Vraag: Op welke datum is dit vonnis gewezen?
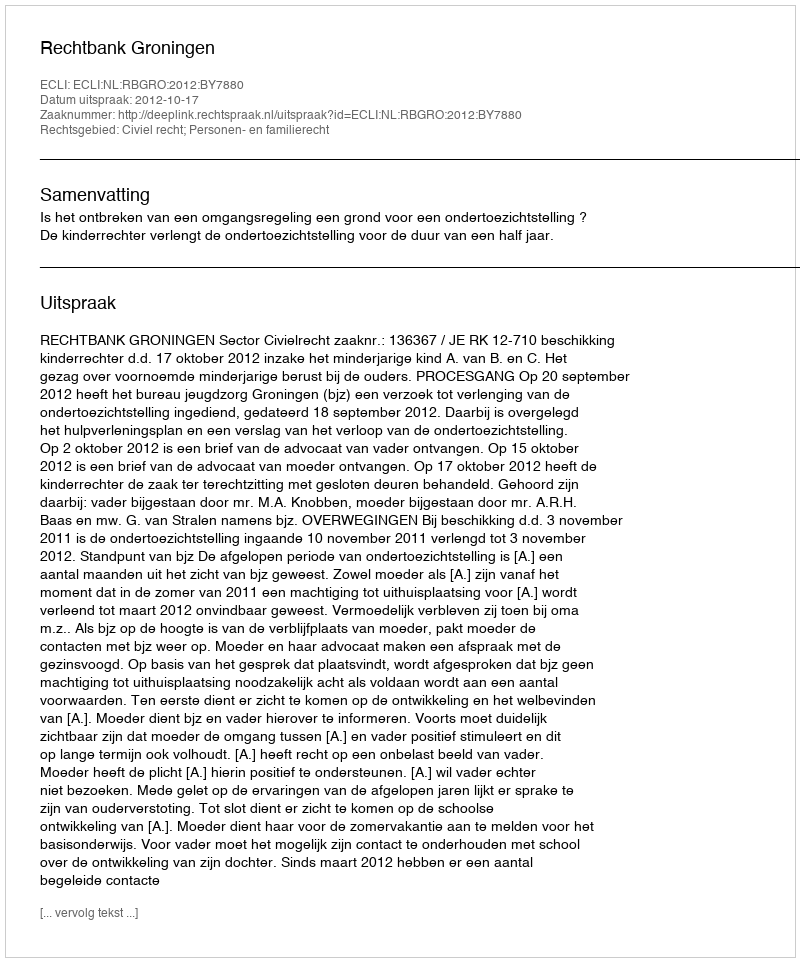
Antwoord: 2012-10-17